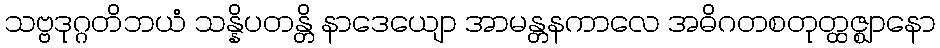
သဗ္ဗဒုဂ္ဂတိဘယံ သန္နိပတန္တိ နာဒေယျော အာမန္တနကာလေ အဓိဂတစတုတ္ထဇ္ဈာနော